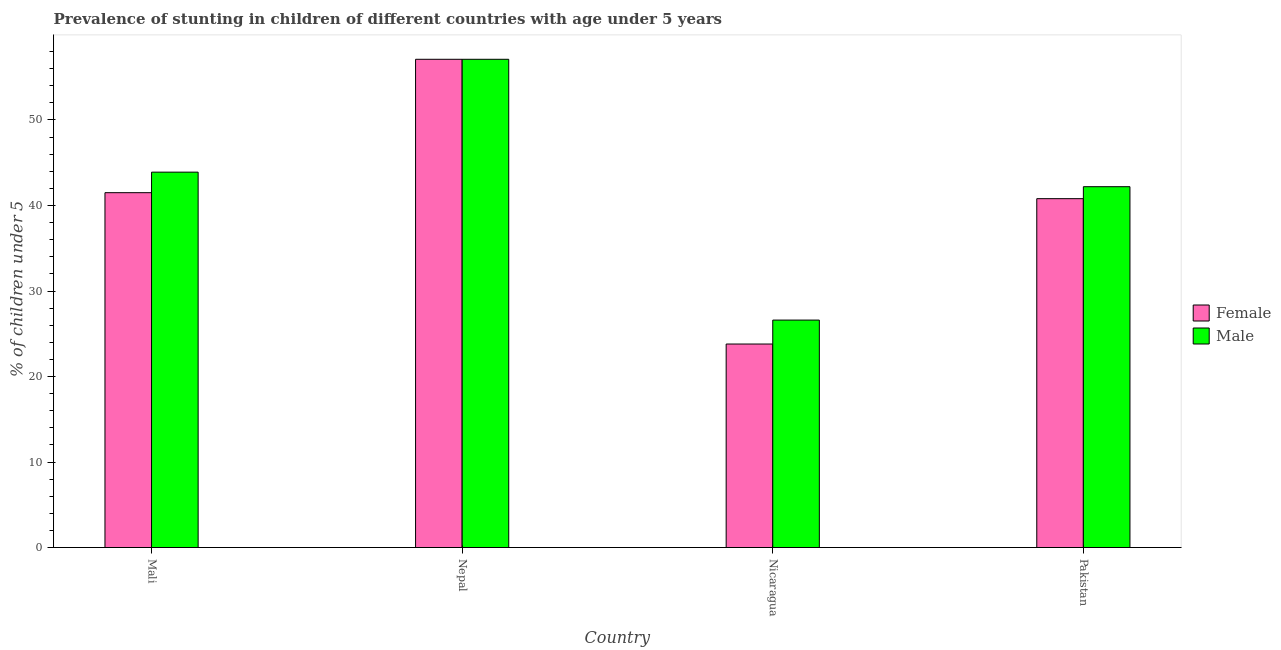
| Country | Female | Male |
 | --- | --- | --- |
 | Mali | 41.5 | 43.9 |
 | Nepal | 57.1 | 57.1 |
 | Nicaragua | 23.8 | 26.6 |
 | Pakistan | 40.8 | 42.2 |